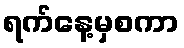
ရက်နေ့မှစကာ